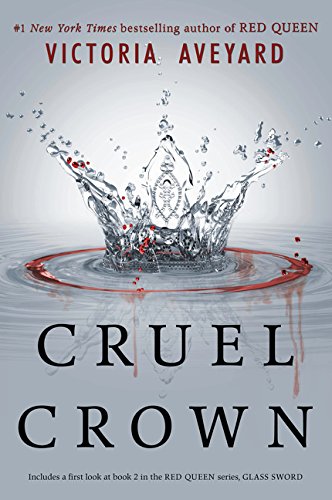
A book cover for Cruel Crown (Red Queen Novella); Victoria Aveyard; Teen & Young Adult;